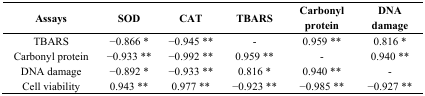
<table><thead><tr><td><b>Assays</b></td><td><b>SOD</b></td><td><b>CAT</b></td><td><b>TBARS</b></td><td><b>Carbonyl protein</b></td><td><b>DNA damage</b></td></tr></thead><tbody><tr><td>TBARS</td><td>−0.866 *</td><td>−0.945 **</td><td>-</td><td>0.959 **</td><td>0.816 *</td></tr><tr><td>Carbonyl protein</td><td>−0.933 **</td><td>−0.992 **</td><td>0.959 **</td><td>-</td><td>0.940 **</td></tr><tr><td>DNA damage</td><td>−0.892 *</td><td>−0.933 **</td><td>0.816 *</td><td>0.940 **</td><td>-</td></tr><tr><td>Cell viability</td><td>0.943 **</td><td>0.977 **</td><td>−0.923 **</td><td>−0.985 **</td><td>−0.927 **</td></tr></tbody></table>